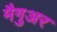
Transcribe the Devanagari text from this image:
मैगुअर